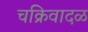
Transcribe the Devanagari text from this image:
चक्रिवादळ